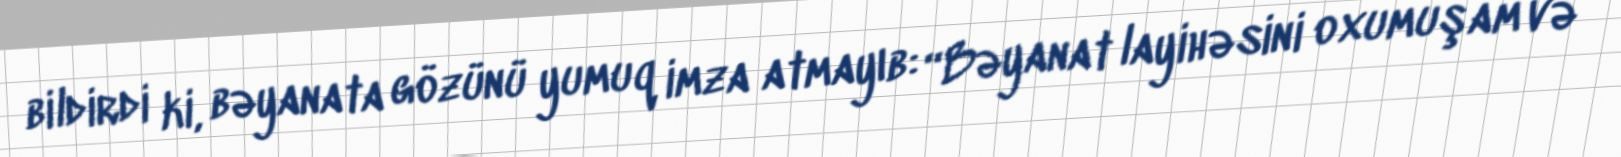
bildirdi ki, bəyanata gözünü yumuq imza atmayıb: “Bəyanat layihəsini oxumuşam və